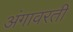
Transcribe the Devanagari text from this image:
अंगावरती